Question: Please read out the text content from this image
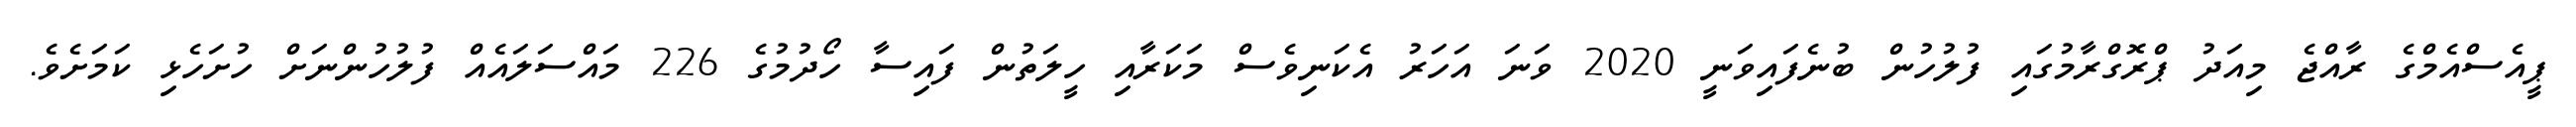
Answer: ޕީއެސްއެމްގެ ރާއްޖެ މިއަދު ޕްރޮގްރާމުގައި ފުލުހުން ބުނެފައިވަނީ 2020 ވަނަ އަހަރު އެކަނިވެސް މަކަރާއި ހީލަތުން ފައިސާ ހޯދުމުގެ 226 މައްސަލައެއް ފުލުހުންނަށް ހުށަހެޅި ކަމަށެވެ.